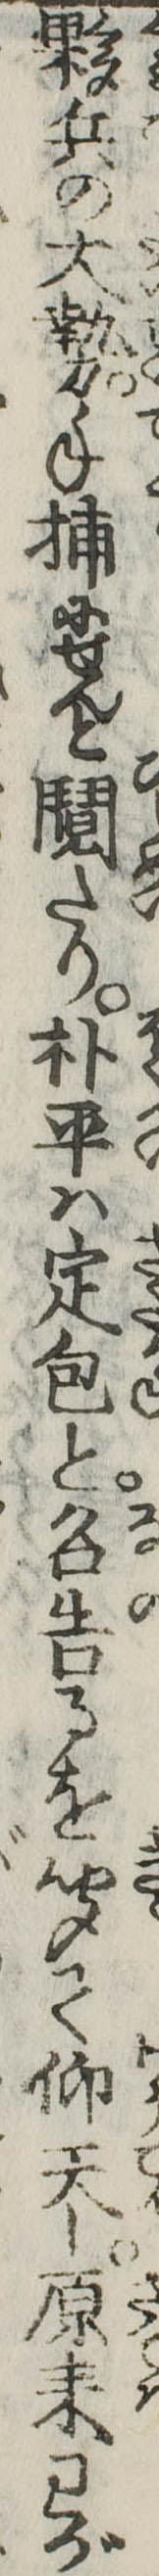
夥兵の大勢手捕にせんとたり朴平は定包と名告るを聞て仰天し原来わが